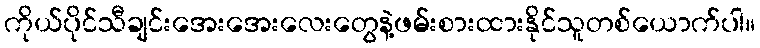
ကိုယ်ပိုင်သီချင်းအေးအေးလေးတွေနဲ့ဖမ်းစားထားနိုင်သူတစ်ယောက်ပါ။